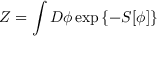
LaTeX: { \cal Z } = \int { \cal D } \phi \exp \left\{ - S [ \phi ] \right\}